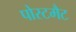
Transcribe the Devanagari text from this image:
पोस्टमैट